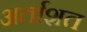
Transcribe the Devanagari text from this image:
अर्ताशत